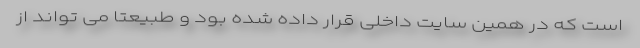
است که در همین سایت داخلی قرار داده شده بود و طبیعتاً می تواند از